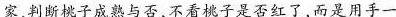
家判断桃子成熟与否，不看桃子是否红了，而是用手一